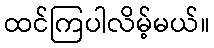
ထင်ကြပါလိမ့်မယ်။